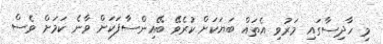
މި ހާދިސާގައި މަރުވި އެތައް ބަޔަކަށް ކުރެވޭ ބޭއިންސާފަކަށް ވާނެ ކަމަށް ވެސް